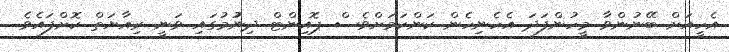
އެހީއަށް ބޭނުންވާ މީހުންފަދަ އެހެނިހެން ކަންކަމަށްވެސް ޕޮއިންޓް ދިނުުމުގައި ވަނީ ރިއާޔަތް ކޮށްފައެވެ.